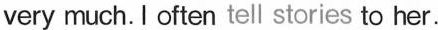
very much. I often tell stories to her.